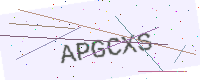
Text: APGCXS